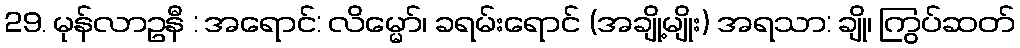
29. မုန်လာဥနီ : အရောင်: လိမ္မော်၊ ခရမ်းရောင် (အချို့မျိုး) အရသာ: ချို၊ ကြွပ်ဆတ်